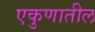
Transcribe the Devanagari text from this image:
एकुणातील